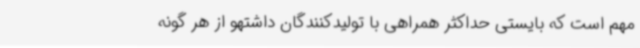
مهم است که بایستی حداکثر همراهی با تولیدکنندگان داشتهو از هر گونه